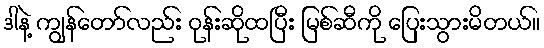
ဒါနဲ့ ကျွန်တော်လည်း ဝုန်းဆိုထပြီး မြစ်ဆီကို ပြေးသွားမိတယ်။